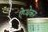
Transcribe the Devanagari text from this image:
ऐप्थेकर